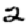
Digit: 2